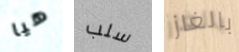
هيا سلب بالغاز